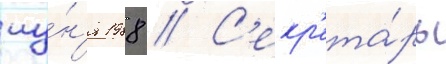
иу́н'я 1988 // С'екр'ета́рь